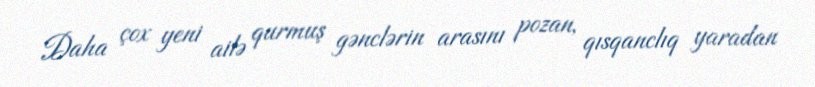
Daha çox yeni ailə qurmuş gənclərin arasını pozan, qısqanclıq yaradan